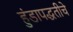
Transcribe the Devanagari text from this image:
हुंडापद्धतीचे